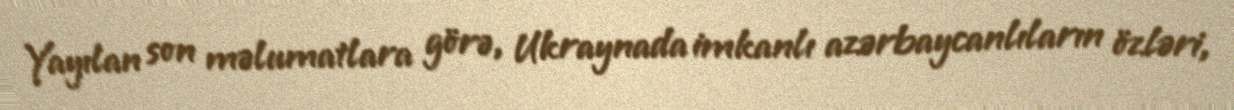
Yayılan son məlumatlara görə, Ukraynada imkanlı azərbaycanlıların özləri,